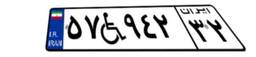
۵۷W۹۴۲۳۲